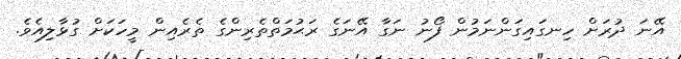
އޭނަ ދުރަށް ހިނގައިގަންނަމުން ފޯނު ނަގާ އޭނަގެ ރަޙުމަތްތެރިންގެ ތެރެއިން މީހަކަށް ގުޅާލިއެވެ.